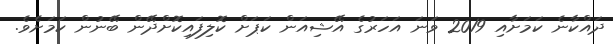
ދައްކާނެ ކަމަށާއި 2019 ވަނަ އަހަރުގެ އޭޝިއަން ކަޕަށް ކޮލިފައިކޮށްދޭން ބޭނުން ކަމަށެވެ.